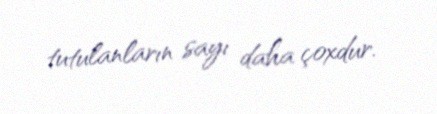
tutulanların sayı daha çoxdur.